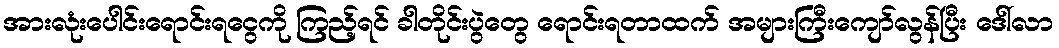
အားလုံးပေါင်းရောင်းရငွေကို ကြည့်ရင် ခါတိုင်းပွဲတွေ ရောင်းရတာထက် အများကြီးကျော်လွန်ပြီး ဒေါ်လာ